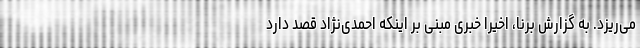
می‌ریزد. به گزارش برنا، اخیراً خبری مبنی بر اینکه احمدی‌نژاد قصد دارد